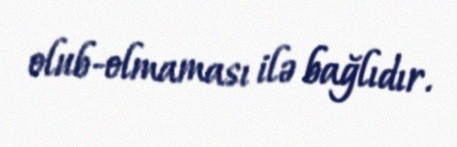
olub-olmaması ilə bağlıdır.